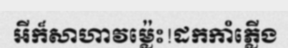
អីក៏សាហាវម្ល៉េះ!ដកកាំភ្លើង